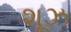
શૂઝ